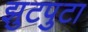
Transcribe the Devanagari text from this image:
झुटपुटा